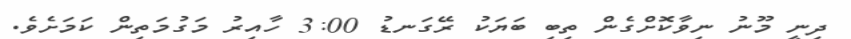
ދިނީ މޫނު ނިވާކޮށްގެން ތިބި ބަޔަކު ރޭގަނޑު 3:00 ހާއިރު މަގުމަތިން ކަމަށެވެ.